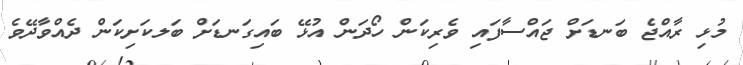
މުޅި ރާއްޖެ ބަނޑަށް ޖައްސާފައި ވެރިކަން ހޯދަން އުޅޭ ބައިގަނޑަށް ބަލކަށިކަން ދެއްވާދޭވެ